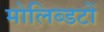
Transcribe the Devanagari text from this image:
मोलिब्डटों